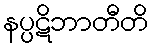
နပ္ပဋိဘာတီတိ